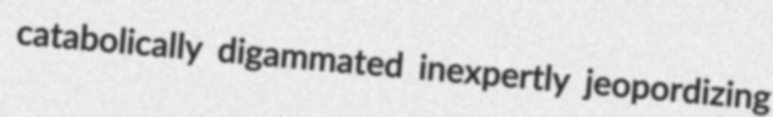
catabolically digammated inexpertly jeopordizing